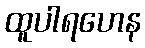
ထူပါရဟေန